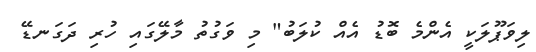
ލިވަޕޫލަކީ އެންމެ ބޮޑު އެއް ކުލަބު" މި ވަގުތު މާލޭގައި ހުރި ދަގަނޑޭ